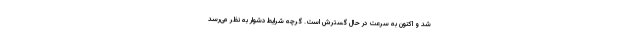
شد و اکنون به سرعت در حال گسترش است. گرچه شرایط دشوار به نظر می‌رسد